King Institute of Preventive Medicine Micro-Biological Section reports 1909-11
Year: 1909
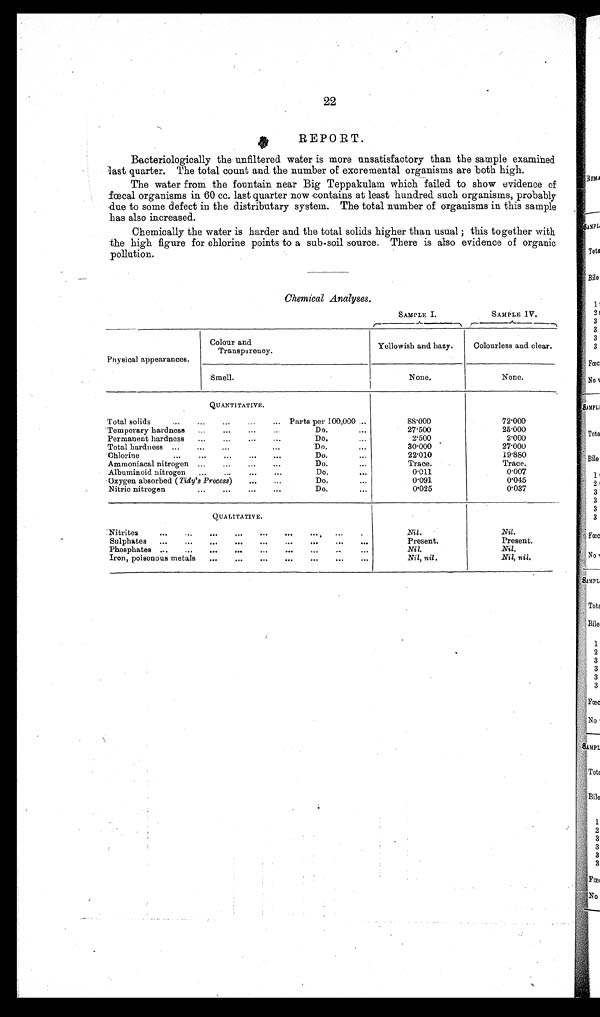
22
REPORT.
Bacteriologically the unfiltered water is more unsatisfactory than the sample examined
last quarter. The total count and the number of excremental organisms are both high.
The water from the fountain near Big Teppakulam which failed to show evidence of
fœcal organisms in 60 cc. last quarter now contains at least hundred such organisms, probably
due to some defect in the distributary system. The total number of organisms in this sample
has also increased.
Chemically the water is harder and the total solids higher than usual ; this together with
the high figure for chlorine points to a sub-soil source. There is also evidence of organic
pollution.
Chemical Analyses.
SAMPLE I.
SAMPLE IV.
Physical appearances.
Colour and
Transparency.
Yellowish and hazy.
Colourless and clear.
Smell.
None.
None.
QUANTITATIVE.
Total solids
...
...
...
...
... Parts per 100,000 ...
88.000
72.000
Temporary hardness ...
... ... ...
Do.
...
27.500
25.000
Permanent hardness ...
... ... ...
Do.
...
2.500
2.000
Total hardness ... ... ...
...
Do.
...
30.000
27.000
Chlorine
...
...
...
...
...
Do.
. . .
22.010
19.880
Ammoniacal nitrogen ...
... ...
...
Do.
...
Trace.
Trace.
Albuminoid nitrogen ...
...
... ...
Do.
. . .
0.011
0.007
Oxygen absorbed ( Tidy's Process) ... ...
D o .
...
0.091
0.045
Nitric nitrogen
... ...
... ...
Do.
...
0 . 0 2 5
0.037
QUALITATIVE.
Nitrites
...
...
...
...
...
...
... ...
. . .
Nil.
Nil.
Sulphates ...
...
... ... ... ... ...
. . .
...
Present.
Present.
Phosphates ... ... ... ... ... ... ... ...
...
Nil.
Nil.
Iron, poisonous metals ...
... ... ...
... ... ...
Nil, nil.
Nil, nil.